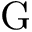
\mathrm { G }